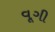
વૂગી